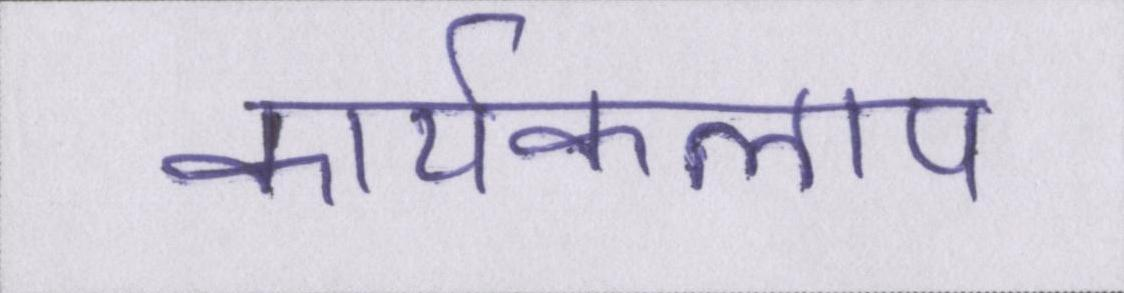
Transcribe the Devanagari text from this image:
कार्यकलाप